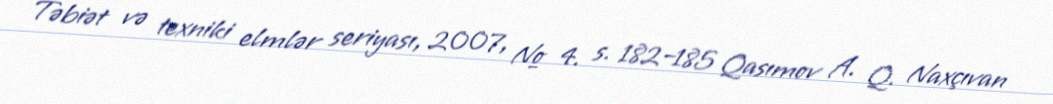
Təbiət və texniki elmlər seriyası, 2007, № 4. s. 182–185 Qasımov A. Q. Naxçıvan